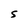
Character: S